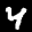
Label: 4